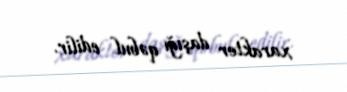
xarakter daşığı qəbul edilir.